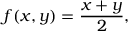
f ( x , y ) = { \frac { x + y } { 2 } } ,